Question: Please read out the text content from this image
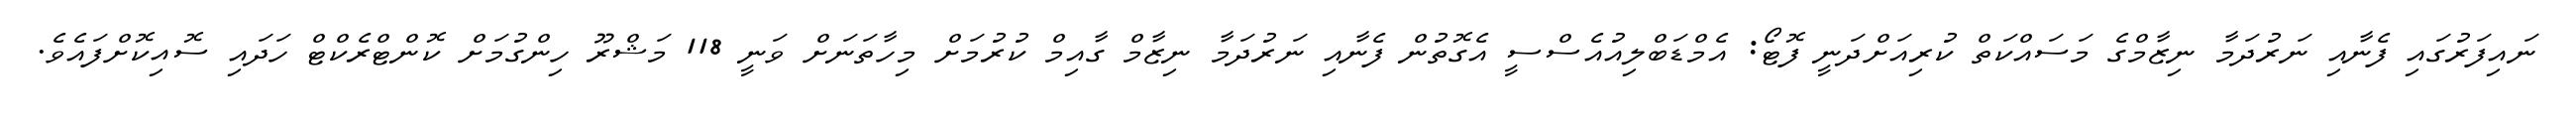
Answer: ނައިފަރުގައި ފެނާއި ނަރުދަމާ ނިޒާމްގެ މަސައްކަތް ކުރިއަށްދަނީ ފޮޓޯ: އެމްޑަބްލިއުއެސްސީ އެގޮތުން ފެނާއި ނަރުދަމާ ނިޒާމް ގާއިމް ކުރުމަށް މިހާތަނަށް ވަނީ 118 މަޝްރޫ ހިންގުމަށް ކޮންޓްރެކްޓް ހަދައި ސޮއިކޮށްފައެވެ.